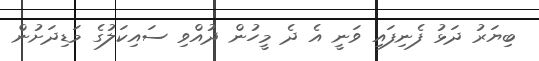
ބިޔަރު ދަޅު ފެނިފައި ވަނީ އެ ދެ މީހުން ދުއްވި ސައިކަލުގެ މަޑިދަށުން